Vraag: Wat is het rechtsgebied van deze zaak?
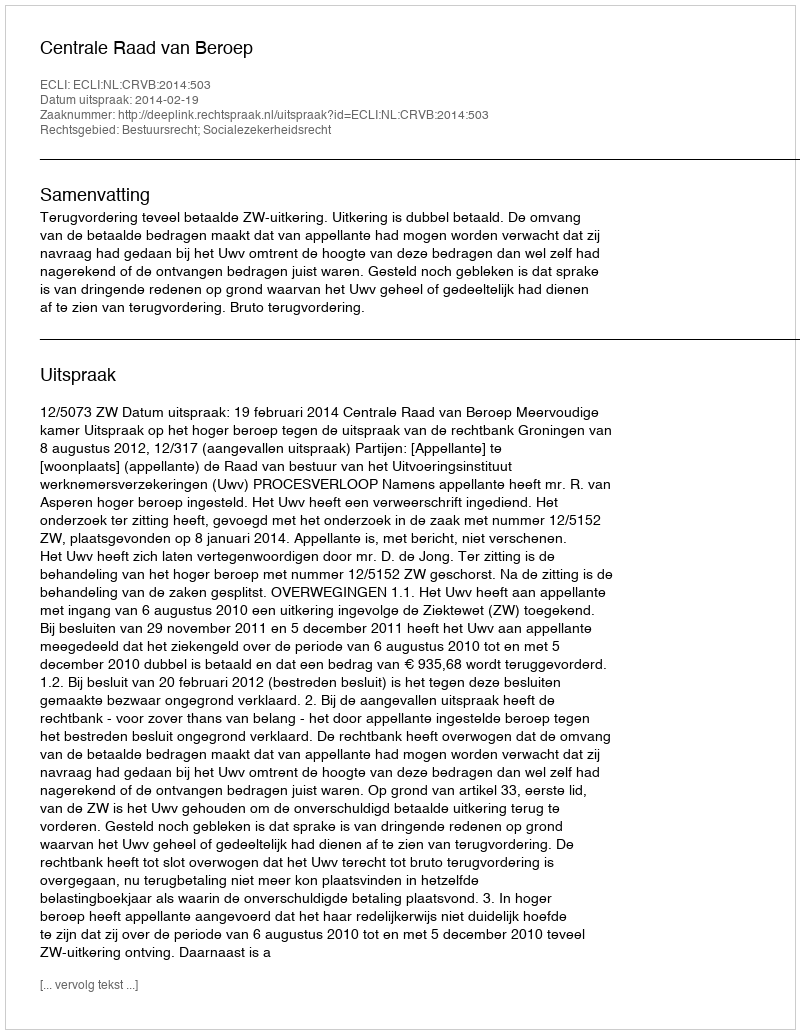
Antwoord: Bestuursrecht; Socialezekerheidsrecht